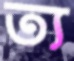
ত্য